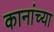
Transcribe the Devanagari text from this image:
कानांच्या